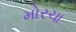
મોરચા